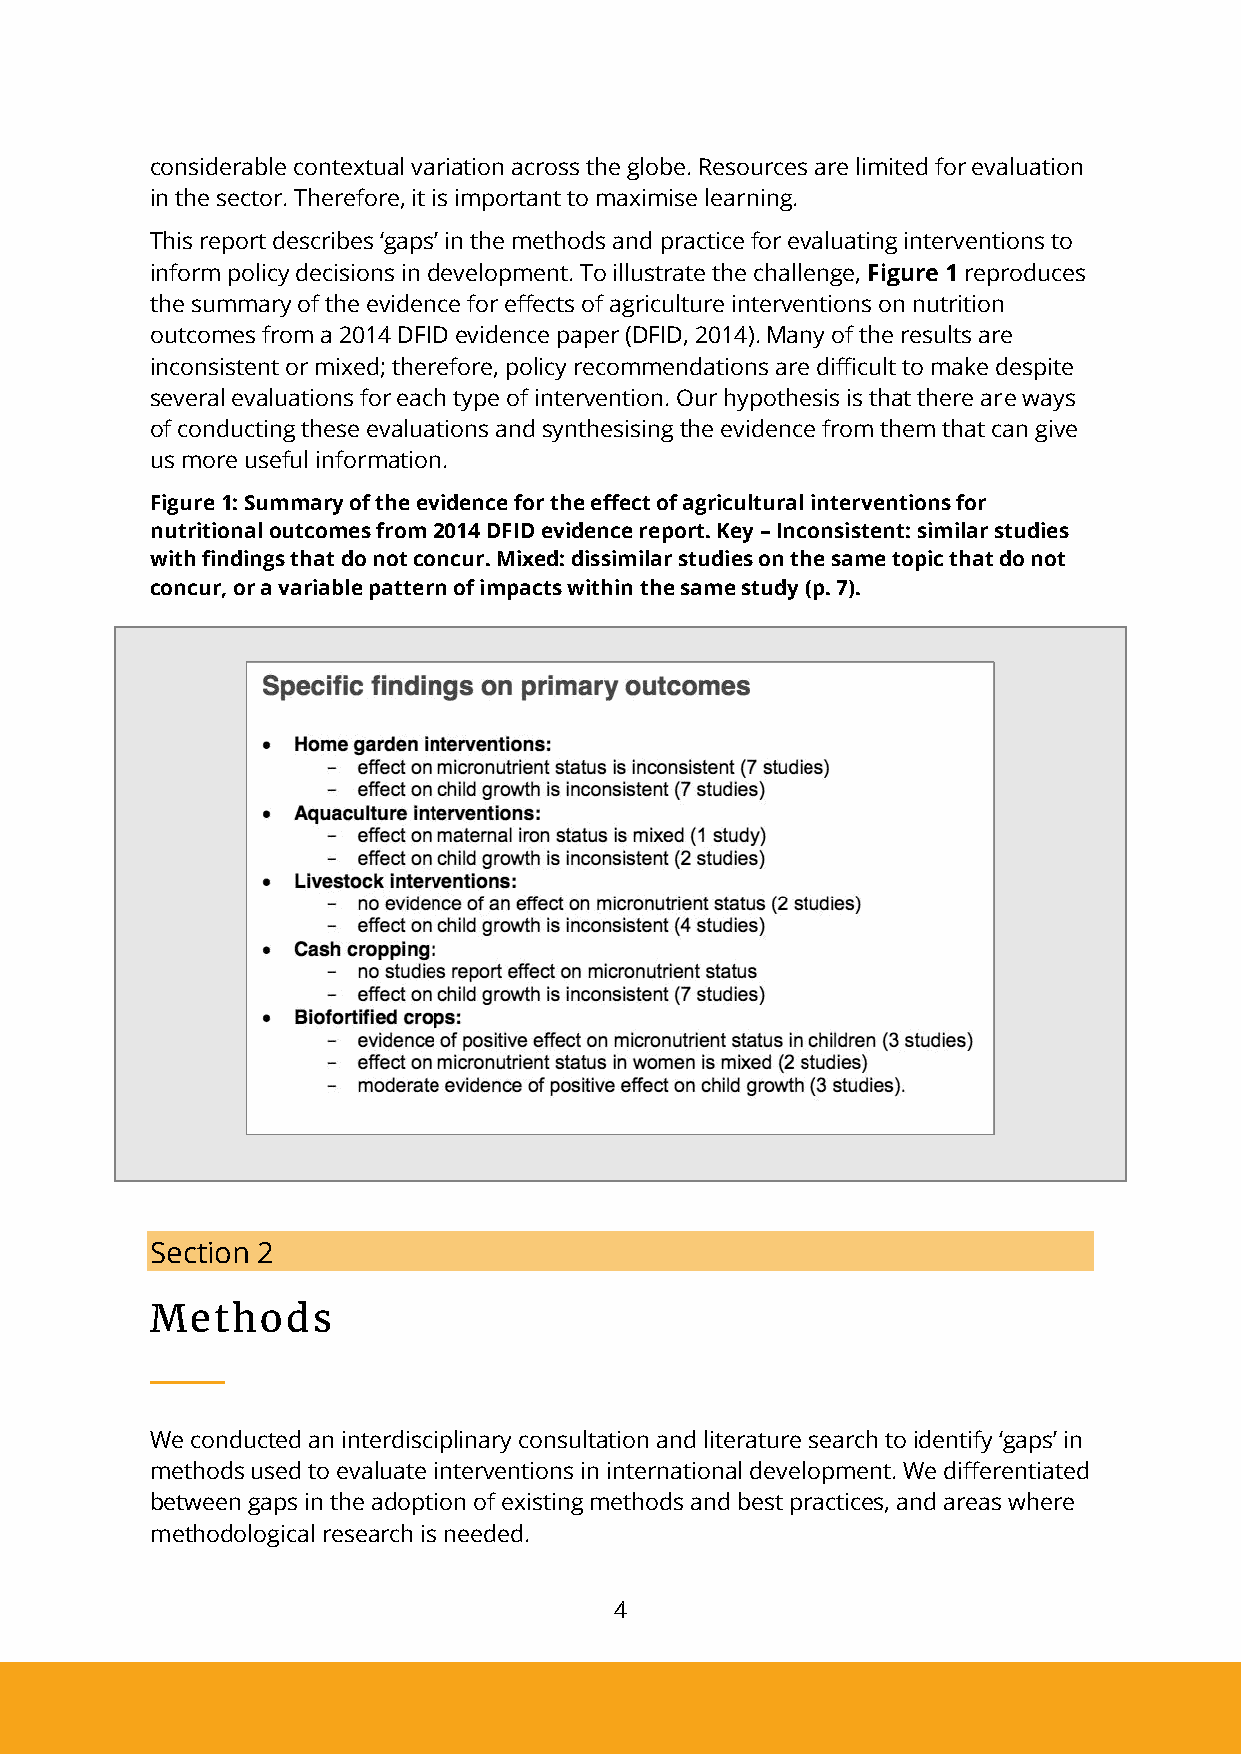
considerable contextual variation across the globe. Resources are limited for evaluation
 in the sector. Therefore, it is important to maximise learning.
 This report describes ‘gaps’ in the methods and practice for evaluating interventions to
 inform policy decisions in development. To illustrate the challenge, Figure 1 reproduces
 the summary of the evidence for effects of agriculture interventions on nutrition
 outcomes from a 2014 DFID evidence paper (DFID, 2014). Many of the results are
 inconsistent or mixed; therefore, policy recommendations are difficult to make despite
 several evaluations for each type of intervention. Our hypothesis is that there are ways
 of conducting these evaluations and synthesising the evidence from them that can give
 us more useful information.
 Figure 1: Summary of the evidence for the effect of agricultural interventions for
 nutritional outcomes from 2014 DFID evidence report. Key – Inconsistent: similar studies
 with findings that do not concur. Mixed: dissimilar studies on the same topic that do not
 concur, or a variable pattern of impacts within the same study (p. 7).
 Section 2
 Methods
 We conducted an interdisciplinary consultation and literature search to identify ‘gaps’ in
 methods used to evaluate interventions in international development. We differentiated
 between gaps in the adoption of existing methods and best practices, and areas where
 methodological research is needed.
 4